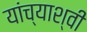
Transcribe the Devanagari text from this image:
यांच्याश्वी